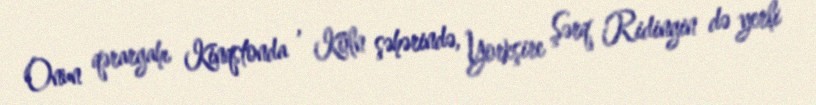
Onun qərargahı Kinqstonda , Köln şəhərində, Yorkşire Şərq Ridingin də yerli